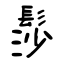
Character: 髿